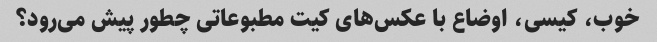
خوب، کیسی، اوضاع با عکس‌های کیت مطبوعاتی چطور پیش می‌رود؟